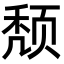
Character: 颓